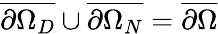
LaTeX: \overline{{\partial\Omega_{D}}}\cup\overline{{\partial\Omega_{N}}}=\overline{{\partial\Omega}}